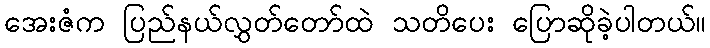
အေးဇံက ပြည်နယ်လွှတ်တော်ထဲ သတိပေး ပြောဆိုခဲ့ပါတယ်။